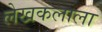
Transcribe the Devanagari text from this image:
लेखकलाला